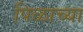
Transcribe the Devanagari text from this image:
पिळाच्या